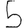
Digit: 5